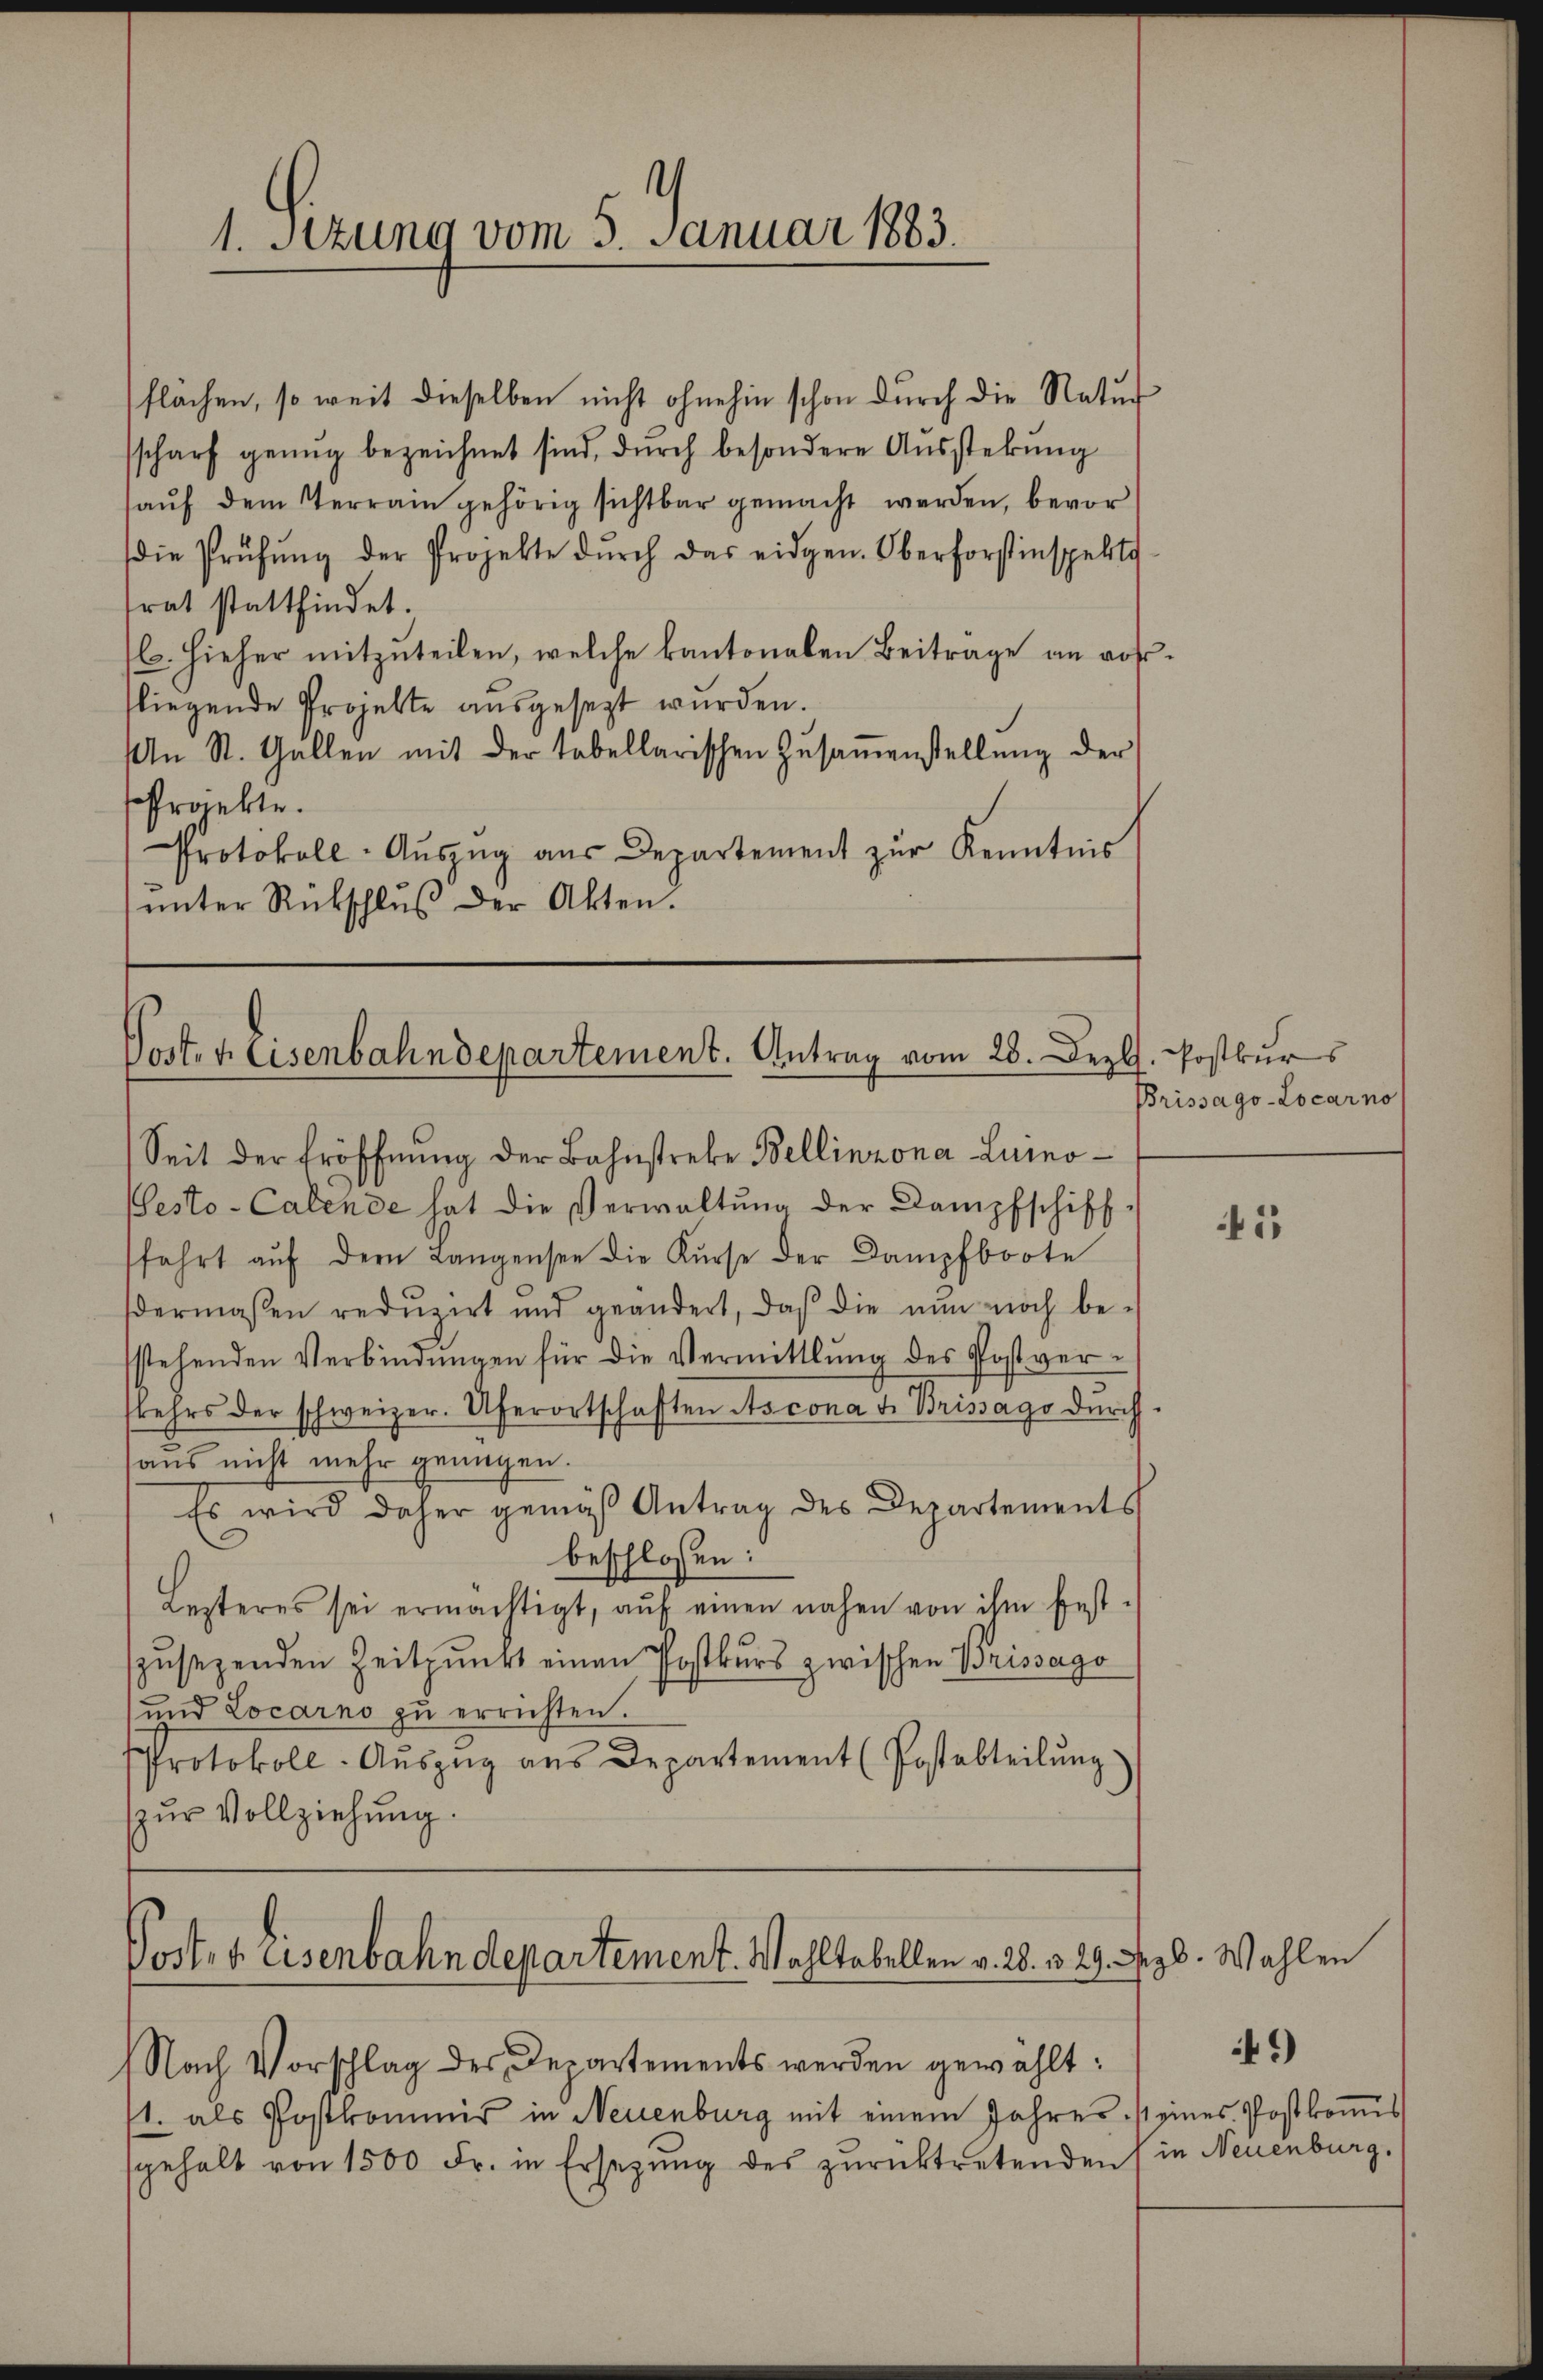
flächen, so weit dieselben nicht ohnehin schon durch die Natur
sscharf genug bezeichnet sind, durch besondere Aŭsstehung
haŭf dem Terrain gehörig sichtbar gemacht werden, bevor
die Prüfŭng der Projekte dŭrch das eidgen. Oberforstinspekti
frat stattfindet.
l. hieher mitzŭteilen, welche kantonalen Beiträge an vorfliegende Projekte ausgesezt wurden.
An St. Gallen mit der tabellarischen Zŭsaṁenstellŭng der
ffränkte.
Protokoll-Aŭszŭg aŭs Departement zŭr Kenntnis
ŭnter Rückschlŭβ der Akten.

Post. v. Eisenbahndepartement. Antrag vom 28. Dez. Postkurs

1. Setzung vom 5. Januar 1883.

Seit der Eröffnŭng der Bahnstreke Bellinzona Luino-
esto-Calende hat die Verwaltŭng der Dampfschiff-
fahrt aŭf der Langensee die Kŭrse der Dampfboote
dermaßen redŭzirt und geändert, daβ die nun noch be-
sstehenden Verbindŭngen für die Vermittlung des Postver-
skehrs der schweizer. Uferortschaften Ascona v. Brissago durch
aus nicht mehr genügen.
Es wird daher gemäß Antrag des Departements
beschlossen:
Lezteres sei ermächtigt, aŭf einen nahen von ihm fest-
zŭsezenden Zeitpunkt einen Postkurs zwischen Brissago
und Locarno zu errichten.
Protokoll-Auszug aus Departement (Postabteilung
zur Vollziehung.
Post- & Eisenbahndepartement. Wohltobellen v. 28. v. 29. Dezb. Wahlen
Nach Vorschlag des Departements werden gewählt:
1. als Postkommis in Neuenburg mit einem Jahres seines Postkoṁis
sgehalt von 1500 Fr. in Ersezung des zurücktretenden, in Neuenburg.

Brissago-Locarno

1

9)